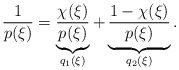
\begin{align*}\frac{1}{p(\xi)}=\underbrace{\frac{\chi(\xi)}{p(\xi)}}_{q_1(\xi)}+\underbrace{\frac{1-\chi(\xi)}{p(\xi)}}_{q_2(\xi)}.\end{align*}